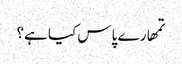
تمھارے پاس کیا ہے؟